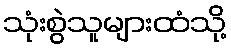
သုံးစွဲသူများထံသို့